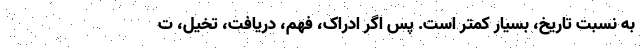
به نسبت تاریخ، بسیار کمتر است. پس اگر ادراک، فهم، دریافت، تخیل، ت